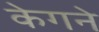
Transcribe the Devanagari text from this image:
केगने